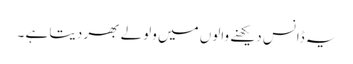
یہ ڈانس دیکھنے والوں میں ولولے بھر دیتا ہے ۔